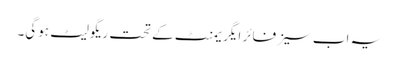
یہ اب سیزفائر ایگریمنٹ کے تحت ریگولیٹ ہوگی۔